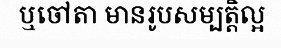
ឬចៅតា មានរូបសម្បត្តិល្អ